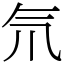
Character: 氘